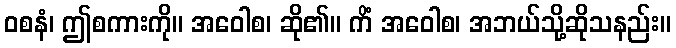
ဝစနံ၊ ဤစကားကို။ အဝေါစ၊ ဆို၏။ ကိံ အဝေါစ၊ အဘယ်သို့ဆိုသနည်း။